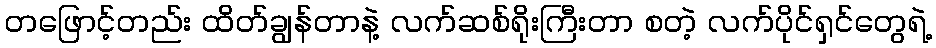
တဖြောင့်တည်း ထိတ်ချွန်တာနဲ့ လက်ဆစ်ရိုးကြီးတာ စတဲ့ လက်ပိုင်ရှင်တွေရဲ့